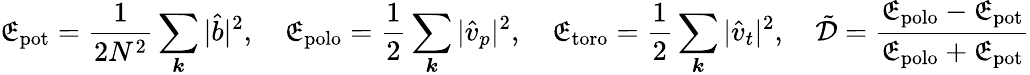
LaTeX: \mathfrak{E}_{\mathrm{{pot}}}=\frac{{1}}{{2N^{2}}}\sum_{\boldsymbol{k}}|\hat{{b}}|^{2},~~~~\mathfrak{E}_{\mathrm{{polo}}}=\frac{{1}}{{2}}\sum_{\boldsymbol{k}}|\hat{{v}}_{p}|^{2},~~~~\mathfrak{E}_{\mathrm{{toro}}}=\frac{{1}}{{2}}\sum_{\boldsymbol{k}}|\hat{{v}}_{t}|^{2},~~~~\tilde{{\mathcal{{D}}}}=\frac{{\mathfrak{E}_{\mathrm{{polo}}}-\mathfrak{E}_{\mathrm{{pot}}}}}{{\mathfrak{E}_{\mathrm{{polo}}}+\mathfrak{E}_{\mathrm{{pot}}}}}